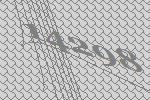
14298